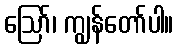
ဩော်၊ ကျွန်တော်ပါ။